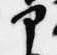
部